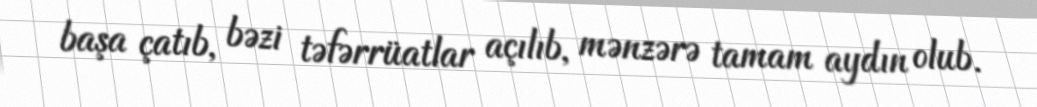
başa çatıb, bəzi təfərrüatlar açılıb, mənzərə tamam aydın olub.